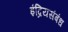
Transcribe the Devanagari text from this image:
इंद्रियसंबंध